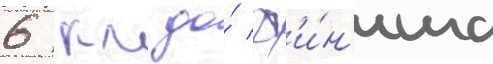
6 км до́ ф'и́н'иша